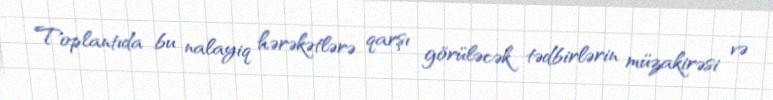
Toplantıda bu nalayiq hərəkətlərə qarşı görüləcək tədbirlərin müzakirəsi və